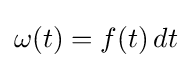
\omega (t)=f(t)\,dt